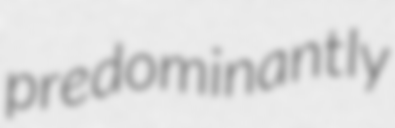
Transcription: predominantly